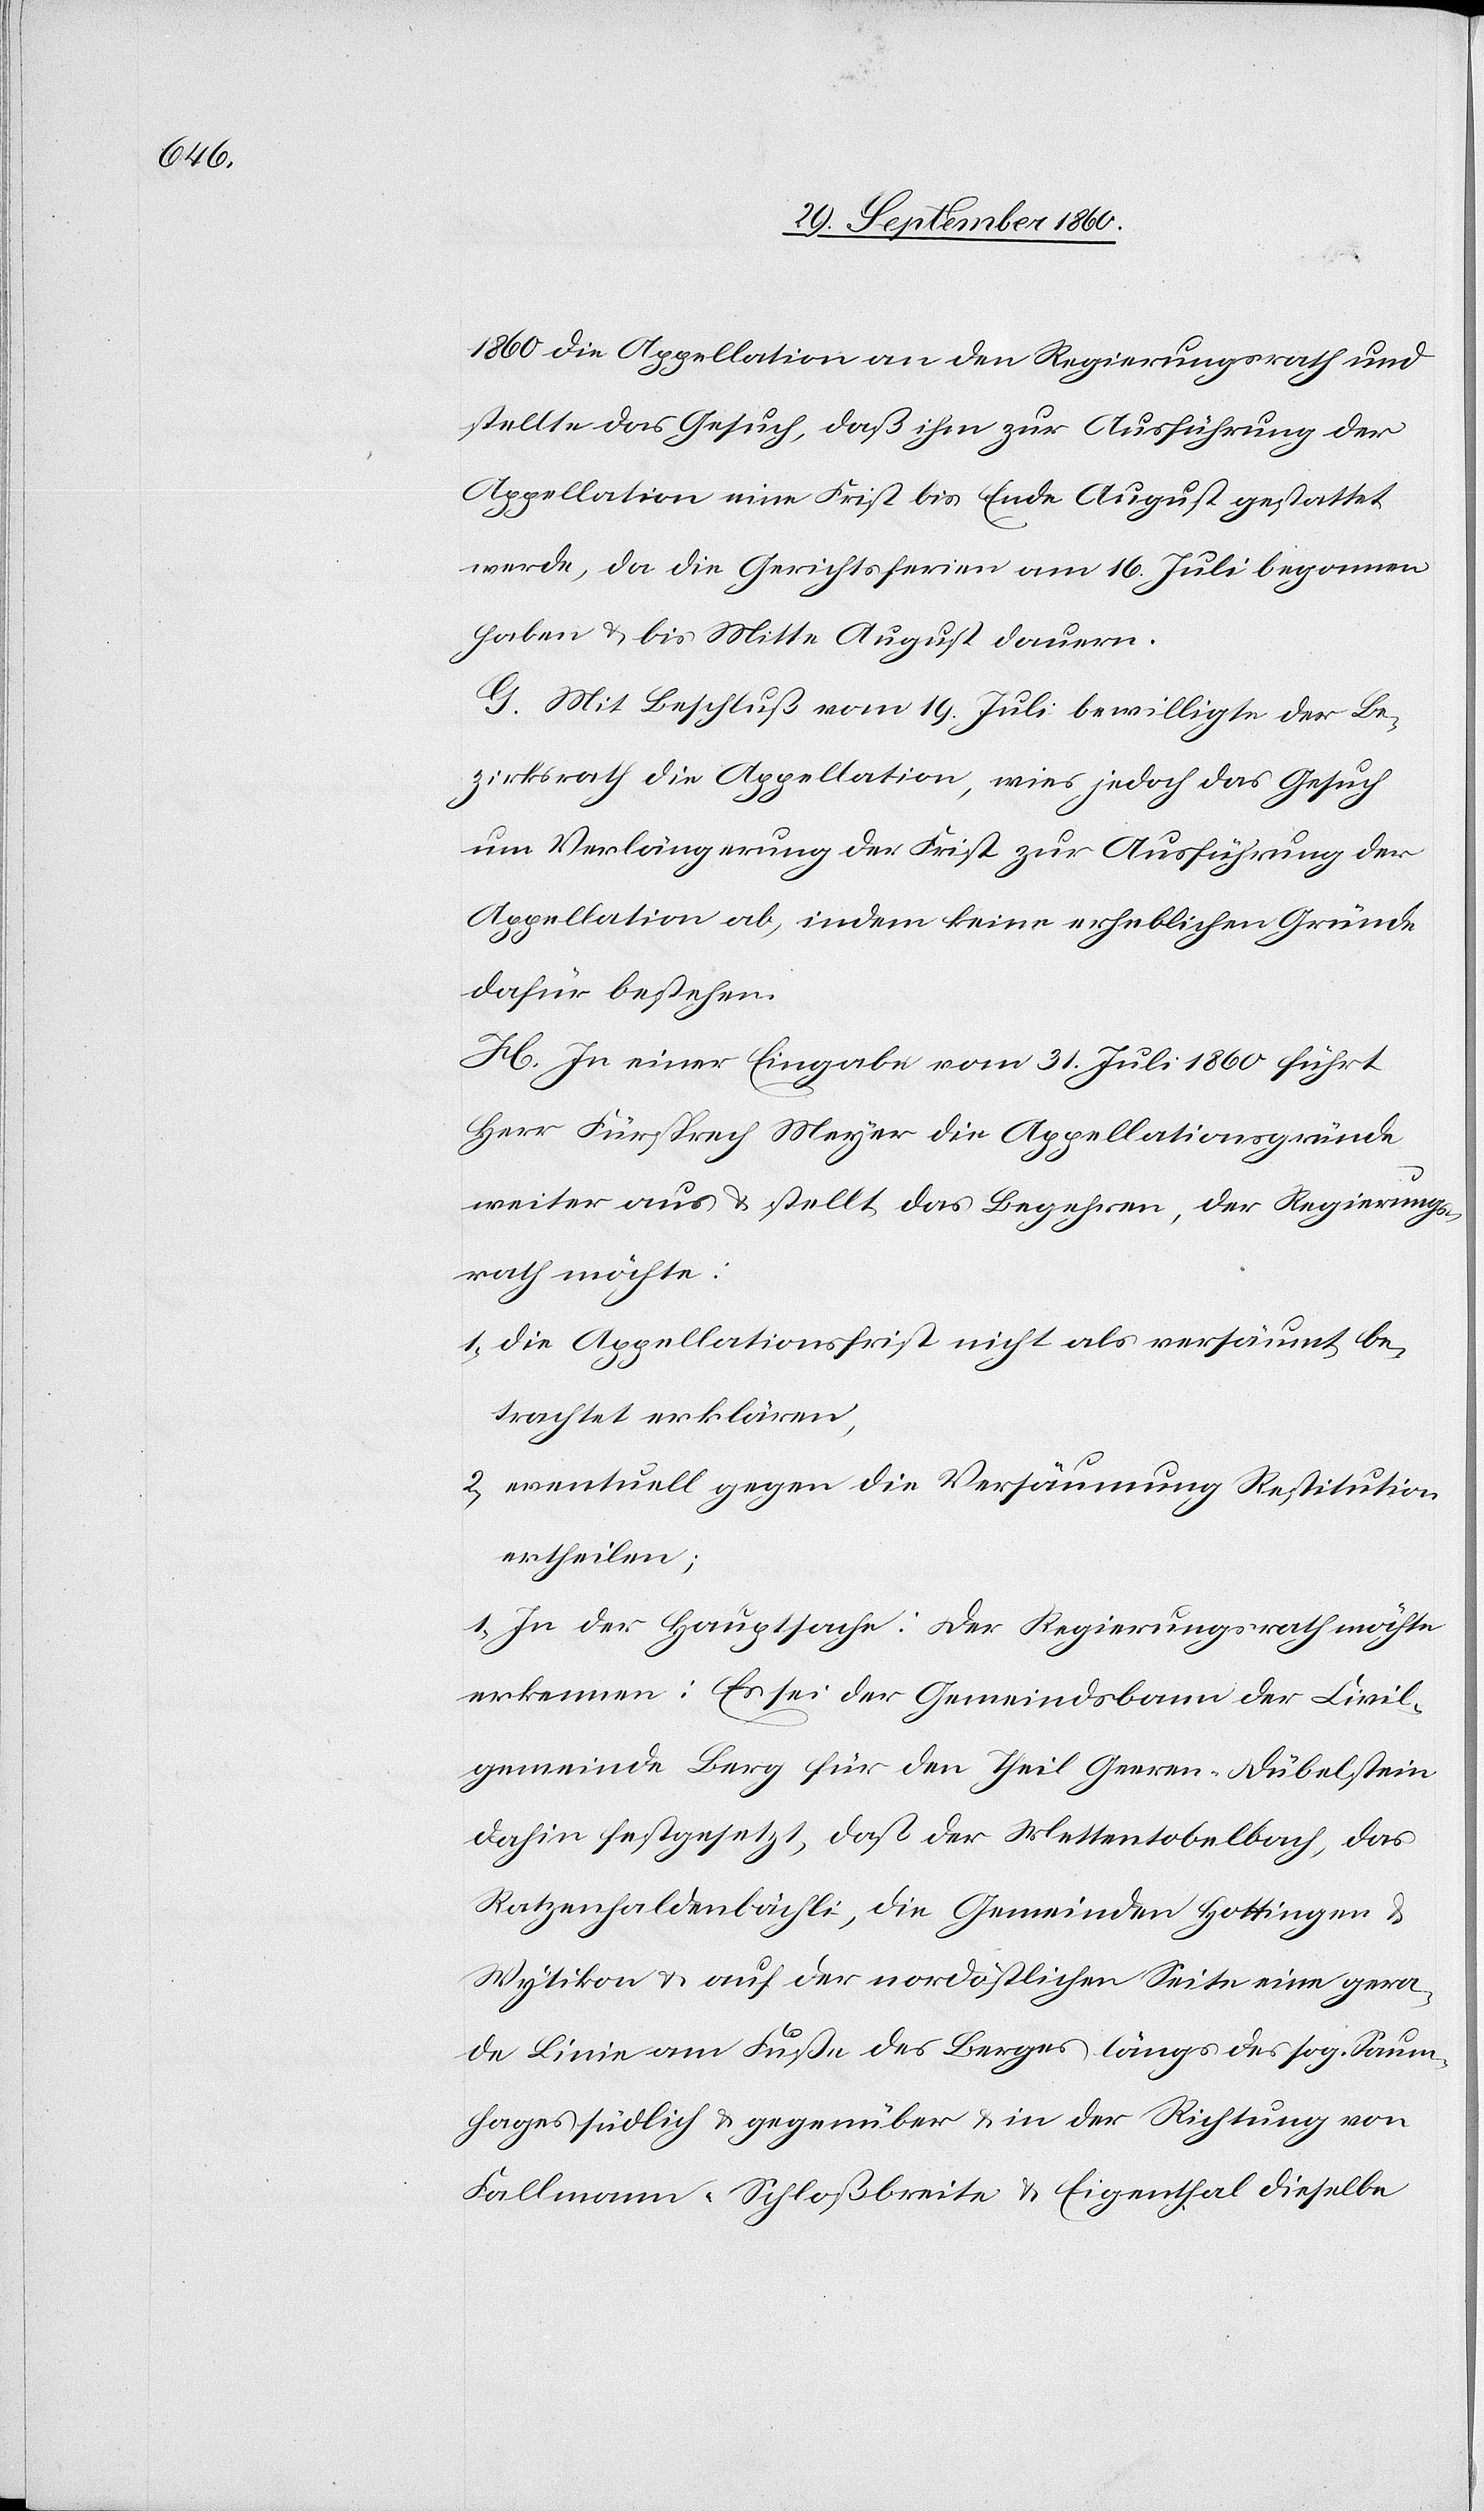
1860 die Appellation an den Regierungsrath und
stellte das Gesuch, daß ihm zur Ausführung der
Appellation eine Frist bis Ende August gestattet
werde, da die Gerichtsferien am 16. Juli begonnen
haben u. bis Mitte August dauern.
G. Mit Beschluß vom 19. Juli bewilligte der Be¬
zirksrath die Appellation, wies jedoch das Gesuch
um Verlängerung der Frist zur Ausführung der
Appellation ab, indem keine erheblichen Gründe
dafür bestehen.
H. In einer Eingabe vom 31. Juli 1860 führt
Herr Fürsprech Meyer die Appellationsgründe
weiter aus & stellt das Begehren, der Regierungs¬
rath möchte:
1. die Appellationsfrist nicht als versäumt be¬
trachtet erklären,
2. eventuell gegen die Versäumung Restitution
ertheilen;
1. In der Hauptsache: Der Regierungsrath möchte
erkennen: Es sei der Gemeindsbann der Civil¬
gemeinde Berg für den Theil Geeren-Dübelstein
dahin festgesetzt, daß der Mettentobelbach, das
Ratzenhaldenbächli, die Gemeinden Hottingen u.
Wytikon u. auf der nordöstlichen Seite eine gera¬
de Linie am Fuße des Berges längs des sog. Saum¬
hages südlich u. gegenüber u. in der Richtung von
Fallmann-Schloßbreite u. Eigenthal dieselbe